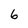
Character: 6